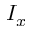
I _ { x }